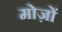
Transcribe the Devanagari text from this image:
मोज़ों